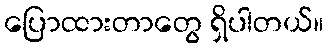
ပြောထားတာတွေ ရှိပါတယ်။